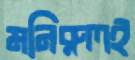
মনিরুলই